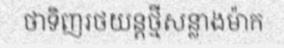
ថាទិញរថយន្តថ្មីសន្លាងម៉ាក